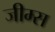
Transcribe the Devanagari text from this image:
जीम्स